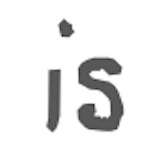
Text: is
Cross-out: clean
Writing tool: digital_gray